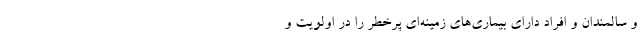
و سالمندان و افراد دارای بیماری‌های زمینه‌ای پرخطر را در اولویت و